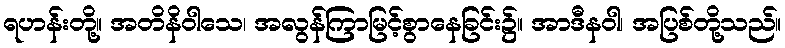
ရဟန်းတို့။ အတိနိဝါသေ၊ အလွန်ကြာမြင့်စွာနေခြင်း၌။ အာဒီနဝါ၊ အပြစ်တို့သည်။